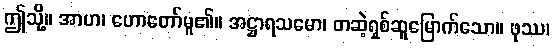
ဤသို့။ အာဟ၊ ဟောတော်မူ၏။ အဋ္ဌာရသမော၊ တဆဲ့ရှစ်ဆူမြောက်သော။ ဖုဿ၊